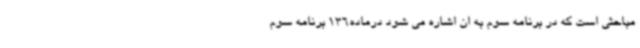
مباحثی است که در برنامه سوم به ان اشاره می شود درماده136 برنامه سوم